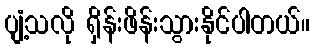
ပျံ့သလို ရှိန်းဖိန်းသွားနိုင်ပါတယ်။